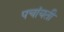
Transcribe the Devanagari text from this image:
पचांयती